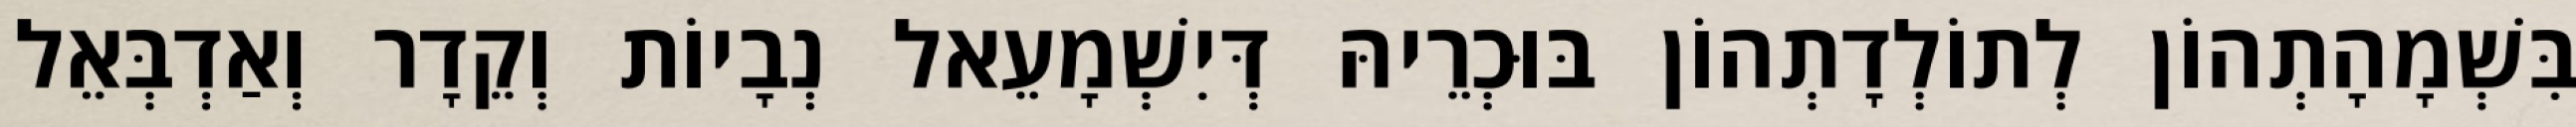
בִּשְׁמָהָתְהוֹן לְתוֹלְדָתְהוֹן בּוּכְרֵיהּ דְּיִשְׁמָעֵאל נְבָיוֹת וְקֵדָר וְאַדְבְּאֵל